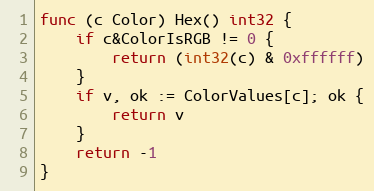
Language: Go
func (c Color) Hex() int32 {
	if c&ColorIsRGB != 0 {
		return (int32(c) & 0xffffff)
	}
	if v, ok := ColorValues[c]; ok {
		return v
	}
	return -1
}